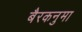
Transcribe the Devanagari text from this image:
बैरकनुमा